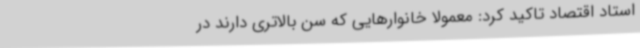
استاد اقتصاد تاکید کرد: معمولا خانوارهایی که سن بالاتری دارند در